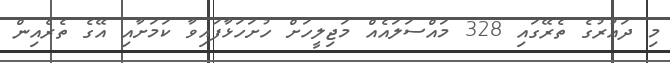
މި ދައުރުގެ ތެރޭގައި 328 މައްސަލައެއް މަޖިލީހަށް ހުށަހަޅާފައިވާ ކަމަށާއި އޭގެ ތެރެއިން